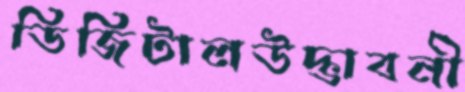
ডিজিটালউদ্ভাবনী